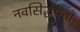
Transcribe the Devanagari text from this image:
नवसिद्धान्तों